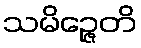
သမိဉ္ဇေတိ